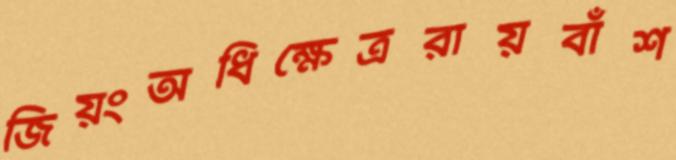
জিয়ংঅধিক্ষেত্ররায়বাঁশ